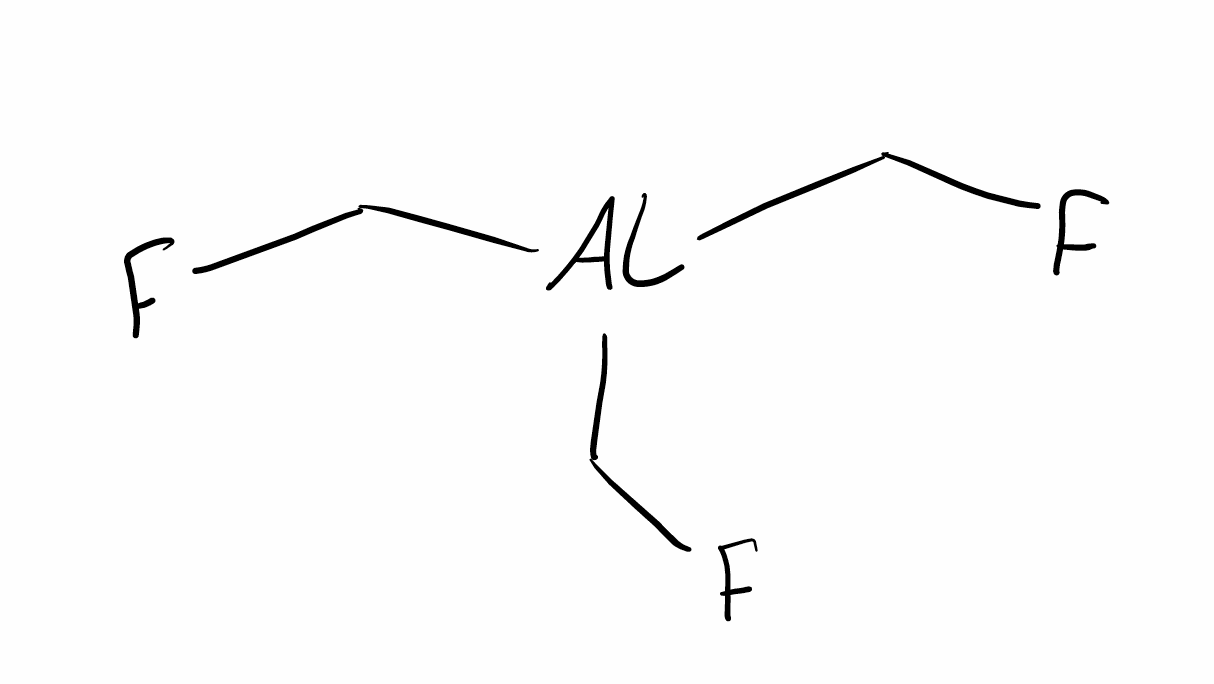
Simplified molecular-input line-entry system (SMILES) notation of the given molecule:
C(F)[Al](CF)CF